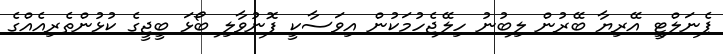
ޕެނަލްޓީ އޭރިޔާ ބޭރުން ލިބުނު ހިލޭޖެހުމަކުން އިވަސާކީ ފޮނުވާލި ބޯޅަ ބީޖީގެ ކުޅުންތެރިއެއްގެ